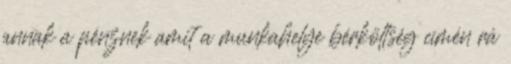
annak a pénznek amit a munkahelye bérköltség címén rá